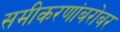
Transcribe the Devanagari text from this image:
समीकरणांबरोबर